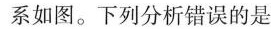
系如图。下列分析错误的是